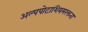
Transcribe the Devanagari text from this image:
अल्पपोटाशियमरक्तता